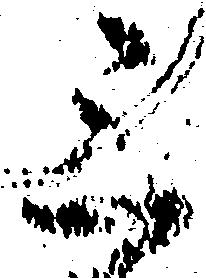
三